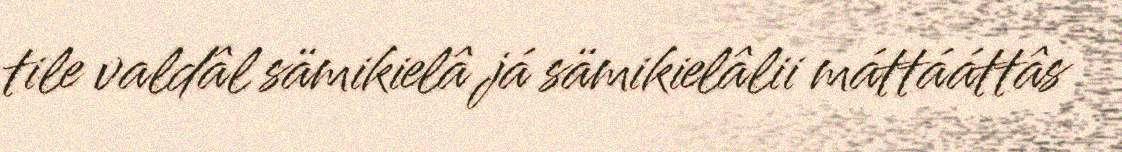
tile valdâl sämikielâ já sämikielâlii máttááttâs